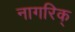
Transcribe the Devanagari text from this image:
नागरिक्